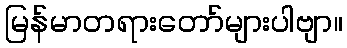
မြန်မာတရားတော်များပါဗျာ။